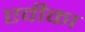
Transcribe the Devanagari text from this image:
एवीका